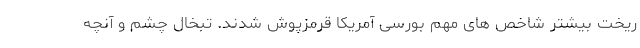
ریخت بیشتر شاخص های مهم بورسی آمریکا قرمزپوش شدند. تبخال چشم و آنچه